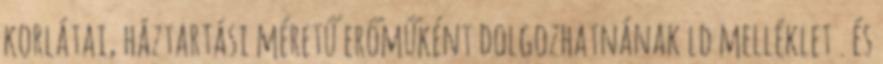
korlátai, háztartási méretű erőműként dolgozhatnának ld melléklet . és